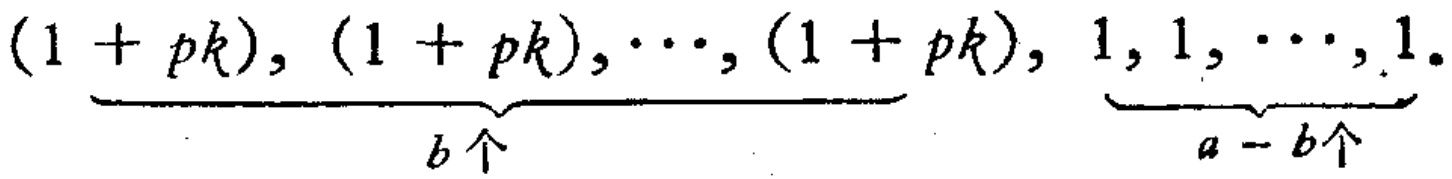
\(\underbrace{(1 + pk), (1 + pk), \cdots, (1 + pk)}_{b个}, \underbrace{1, 1, \cdots, 1}_{a - b个}\)